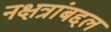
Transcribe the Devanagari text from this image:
नक्षत्रांबद्दल